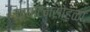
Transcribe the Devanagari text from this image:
उद्‌घाटनसोहळा